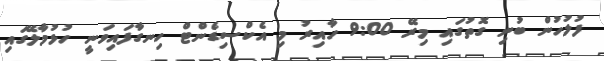
ފުލުހުން ބުނި ގޮތުގައި މިރޭ 9:00 ހާއިރު މި އެކްސިޑެންޓް ހިނގާފައިވަނީ ހުޅުމާލޭގައި